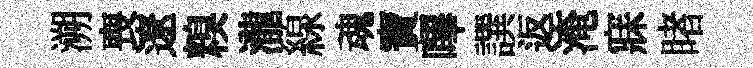
溯喪遼糗瀧線魂寶嗶譔返淹寐睹